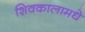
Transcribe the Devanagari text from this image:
शिवकालामधे